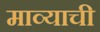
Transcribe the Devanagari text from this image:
माव्याची